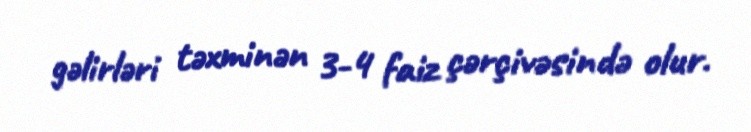
gəlirləri təxminən 3-4 faiz çərçivəsində olur.